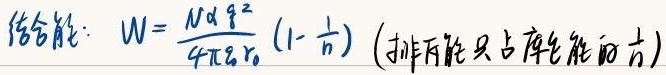
结合能：\(W = \frac{Ndq^{2}}{4\pi \varepsilon_{0}r_{0}}(1 - \frac{1}{n})\)（排斥能只占库仑能的\(\frac{1}{n}\)）